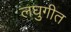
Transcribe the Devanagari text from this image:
लघुगीत